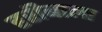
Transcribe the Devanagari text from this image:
हरीबाला